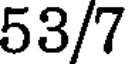
53/7